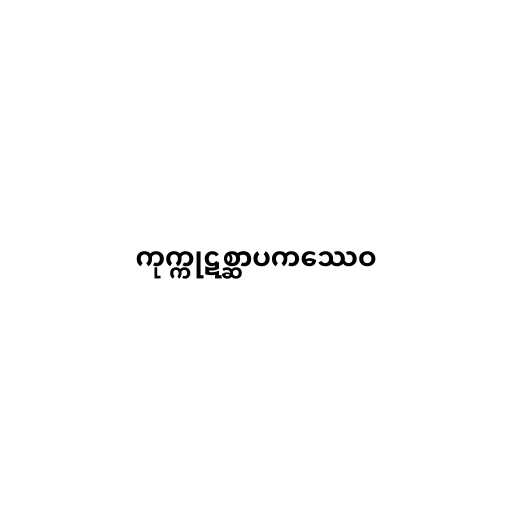
ကုက္ကုဋစ္ဆာပကဿေဝ